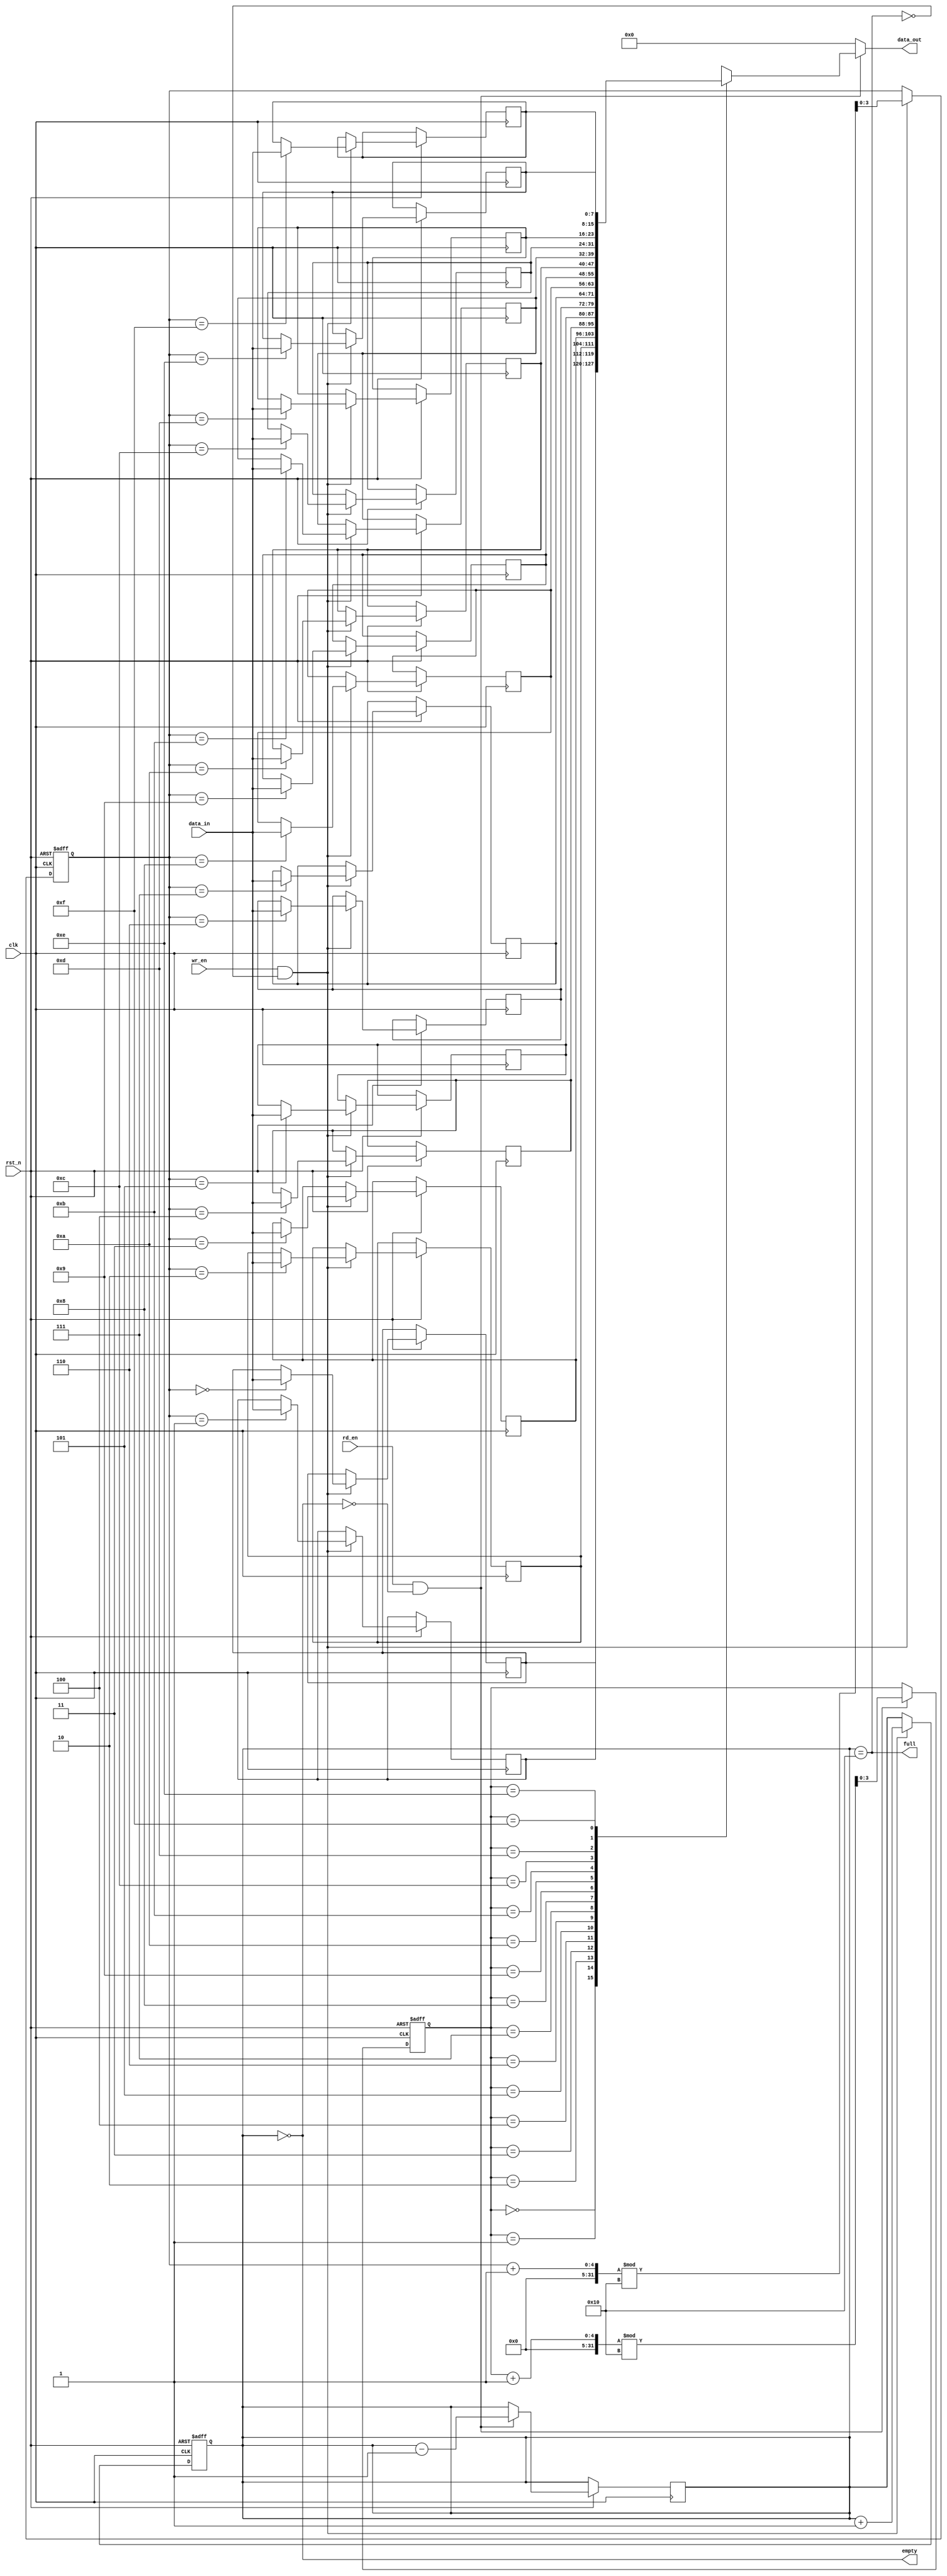
module multiport_fifo #(
    parameter DEPTH = 16,          // FIFO depth (number of entries)
    parameter WIDTH = 8            // FIFO width (data size per entry)
)(
    input  wire clk,               // Clock signal
    input  wire rst_n,             // Asynchronous reset (active low)

    // Write port interface
    input  wire [WIDTH-1:0] data_in, // Data input
    input  wire wr_en,               // Write enable
    output wire full,                // FIFO full indicator

    // Read port interface
    output wire [WIDTH-1:0] data_out, // Data output
    input  wire rd_en,               // Read enable
    output wire empty                // FIFO empty indicator
);

    // Internal storage array
    reg [WIDTH-1:0] fifo_mem [0:DEPTH-1];
    reg [3:0] wr_ptr;                 // Write pointer
    reg [3:0] rd_ptr;                 // Read pointer
    reg [4:0] count;                  // Number of entries in FIFO

    // Full and empty flags
    assign full = (count == DEPTH);
    assign empty = (count == 0);
    assign data_out = (rd_en && !empty) ? fifo_mem[rd_ptr] : {WIDTH{1'b0}}; // Output data

    // Write operation
    always @(posedge clk or negedge rst_n) begin
        if (!rst_n) begin
            wr_ptr <= 0;
            count <= 0;
        end else if (wr_en && !full) begin
            fifo_mem[wr_ptr] <= data_in; // Write data to FIFO
            wr_ptr <= (wr_ptr + 1) % DEPTH; // Circular increment
            count <= count + 1; // Increment count
        end
    end

    // Read operation
    always @(posedge clk or negedge rst_n) begin
        if (!rst_n) begin
            rd_ptr <= 0;
        end else if (rd_en && !empty) begin
            rd_ptr <= (rd_ptr + 1) % DEPTH; // Circular increment
            count <= count - 1; // Decrement count
        end
    end

endmodule